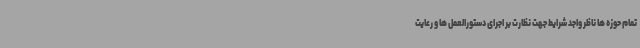
تمام حوزه ها ناظر واجد شرایط جهت نظارت بر اجرای دستورالعمل ها و رعایت